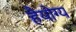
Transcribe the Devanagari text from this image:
हैयोग्य